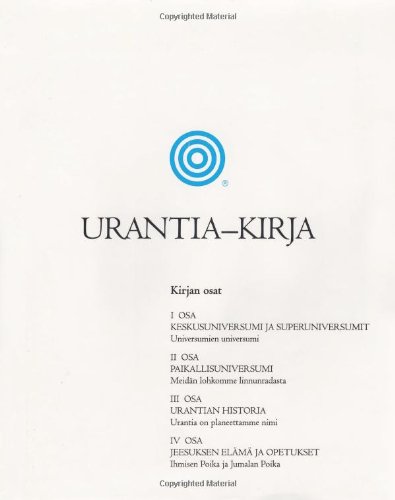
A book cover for Urantia-kirja (Finnish Edition); Urantia Foundation; Religion & Spirituality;